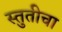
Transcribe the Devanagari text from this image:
स्तुतीचा